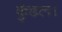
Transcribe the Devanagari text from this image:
कुंडल।